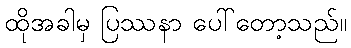
ထိုအခါမှ ပြဿနာ ပေါ်တော့သည်။